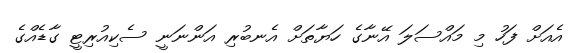
އެއަށް ފަހު މި މައްސަލަ އޭނާގެ ހަޔާތަށް އެނބުރި އަންނަނީ ސެކިއުރިޓީ ގާޑެއްގެ